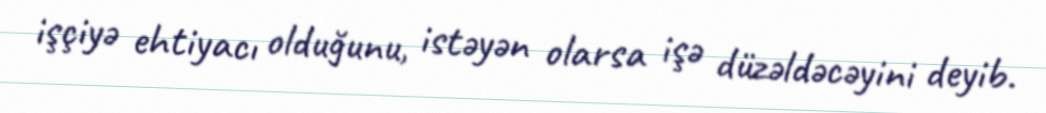
işçiyə ehtiyacı olduğunu, istəyən olarsa işə düzəldəcəyini deyib.